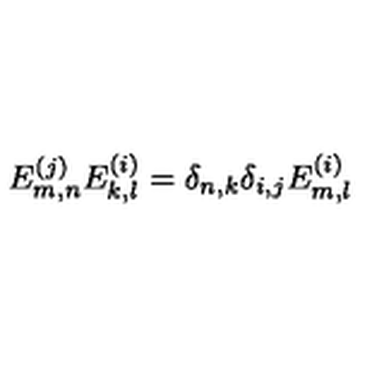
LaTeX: E _ { m , n } ^ { ( j ) } E _ { k , l } ^ { ( i ) } = \delta _ { n , k } \delta _ { i , j } E _ { m , l } ^ { ( i ) }